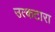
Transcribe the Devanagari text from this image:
उत्कटारा